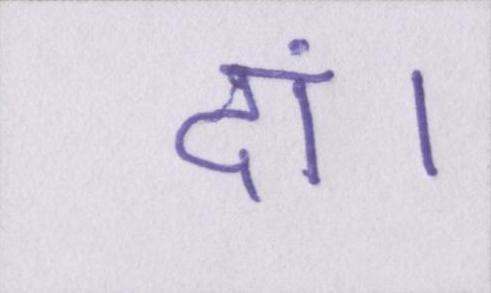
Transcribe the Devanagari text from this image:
दां।